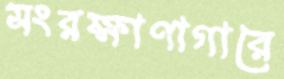
সংরক্ষাণাগারে